Investigations into the jail dietaries of the United Provinces with some observations on the influence of dietary on the physical development and well-being of the people of the United Provinces - Number 48
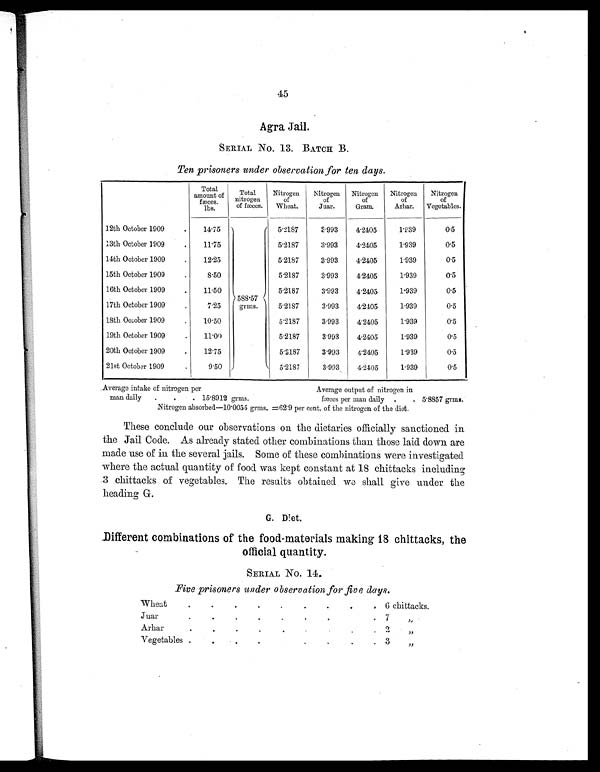
45
Agra Jail.
SERIAL No. 13. BATCH B.
Ten prisoners under observation for ten days.
Total
amount of
fæces.
lbs.
Total
nitrogen
of fæces.
Nitrogen
of
Wheat.
Nitrogen
of
Juar.
Nitrogen
of
Gram.
Nitrogen
of
Arhar.
Nitrogen
of
Vegetables.
12th October 1909
.
14.75
588.57
grms.
5.2187
3.993
4.2405
1.939
0.5
13th October 1909
.
11.75
5.2187
3.993
4.2405
1.939
0.5
14th October 1909
.
12.25
5.2187
3.993
4.2405
1.939
0.5
15th October 1909
.
8.50
5.2187
3.993
4.2405
1.939
0.5
16th October 1909
.
11.50
5.2187
3.993
4.2405
1.939
0.5
17th October 1909
.
7.25
5.2187
3.993
4.2405
1.939
0.5
18th October 1909
.
10.50
5.2187
3.993
4.2405
1.939
0.5
19th October 1909
.
11.00
5.2187
3.993
4.2405
1.939
0.5
20th October 1909
.
12.75
5.2187
3.993
4.2405
1.939
0.5
21st October 1909
.
9.50
5.2187
3.993
4.2405
1.939
0.5
Average intake of nitrogen per
Average output of nitrogen in
man daily .
.
. 15.8912 grms.
fæces per man daily .
. 5.8857 grms.
Nitrogen absorbed—10.0055 grms. =62.9 per cent. of the nitrogen of the diet.
These conclude our observations on the dietaries officially sanctioned in
the Jail Code. As already stated other combinations than those laid down are
made use of in the several jails. Some of these combinations were investigated
where the actual quantity of food was kept constant at 18 chittacks including
3 chittacks of vegetables. The results obtained we shall give under the
heading G.
G. Diet.
Different combinations of the food-materials making 18 chittacks, the
official quantity.
SERIAL No. 14.
Five prisoners under observation for five days.
Wheat
.
.
.
.
.
. .
.
. 6 chittacks.
Juar
.
.
.
.
. .
.
.
. 7
„
Arhar
.
.
.
.
.
.
.
.
. 2
„
Vegetables .
.
. .
. .
.
.
. 3
„